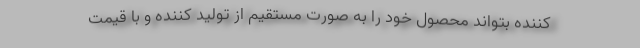
کننده بتواند محصول خود را به صورت مستقیم از تولید کننده و با قیمت